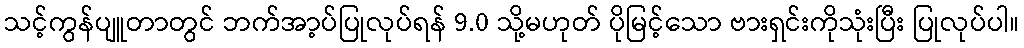
သင့်ကွန်ပျူတာတွင် ဘက်အာ့ပ်ပြုလုပ်ရန် 9.0 သို့မဟုတ် ပိုမြင့်သော ဗားရှင်းကိုသုံးပြီး ပြုလုပ်ပါ။